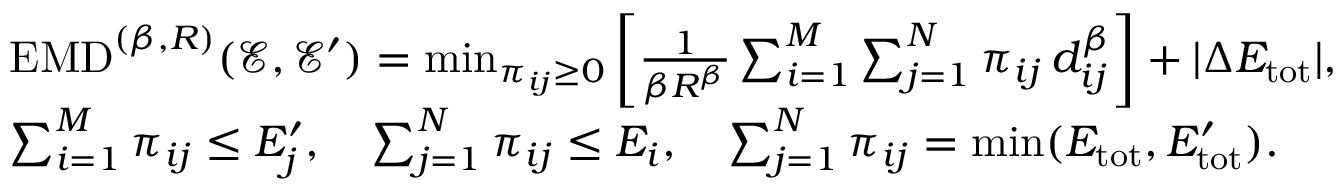
\begin{array} { r l } & { \mathrm { E M D } ^ { ( \beta , R ) } ( \mathcal { E } , \mathcal { E } ^ { \prime } ) = \operatorname* { m i n } _ { \pi _ { i j } \geq 0 } \left[ \frac { 1 } { \beta R ^ { \beta } } \sum _ { i = 1 } ^ { M } \sum _ { j = 1 } ^ { N } \pi _ { i j } \, d _ { i j } ^ { \beta } \right] + | \Delta E _ { \mathrm { t o t } } | , } \\ & { \sum _ { i = 1 } ^ { M } \pi _ { i j } \leq E _ { j } ^ { \prime } , \quad \sum _ { j = 1 } ^ { N } \pi _ { i j } \leq E _ { i } , \quad \sum _ { j = 1 } ^ { N } \pi _ { i j } = \operatorname* { m i n } ( E _ { \mathrm { t o t } } , E _ { \mathrm { t o t } } ^ { \prime } ) . } \end{array}